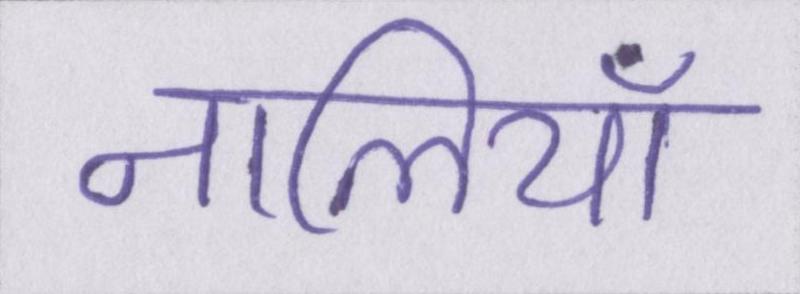
नालियाँ